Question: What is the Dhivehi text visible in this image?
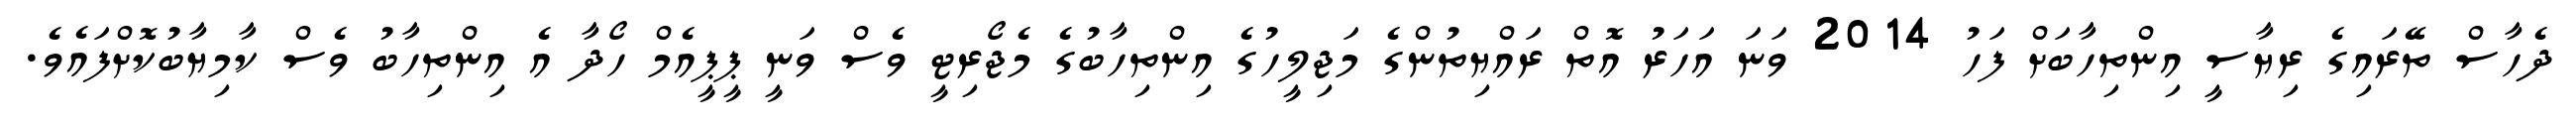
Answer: ދެހާސް ތޭރައިގެ ރިޔާސީ އިންތިހާބަށް ފަހު 2014 ވަނަ އަހަރު އޮތް ރައްޔިތުންގެ މަޖިލީހުގެ އިންތިހާބުގެ މެޖޯރިޓީ ވެސް ވަނީ ޕީޕީއެމް ހޯދާ އެ އިންތިހާބު ވެސް ކާމިޔާބުކޮށްފައެވެ.